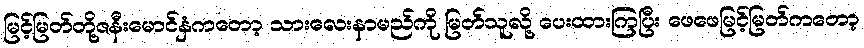
မြင့်မြတ်တို့ဇနီးမောင်နှံကတော့ သားလေးနာမည်ကို မြတ်သူလို့ ပေးထားကြပြီး ဖေဖေမြင့်မြတ်ကတော့